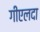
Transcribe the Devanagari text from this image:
गीएलदा